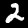
Label: 2